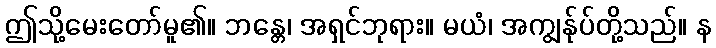
ဤသို့မေးတော်မူ၏။ ဘန္တေ၊ အရှင်ဘုရား။ မယံ၊ အကျွန်ုပ်တို့သည်။ န